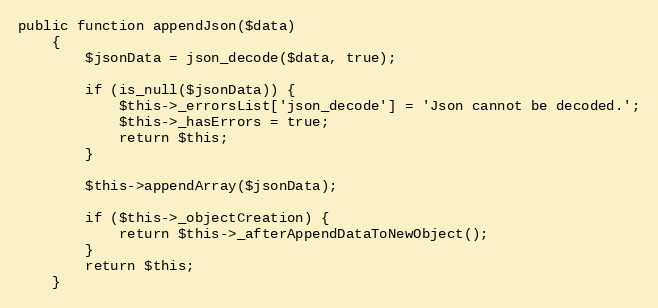
Language: PHP
public function appendJson($data)
    {
        $jsonData = json_decode($data, true);

        if (is_null($jsonData)) {
            $this->_errorsList['json_decode'] = 'Json cannot be decoded.';
            $this->_hasErrors = true;
            return $this;
        }

        $this->appendArray($jsonData);

        if ($this->_objectCreation) {
            return $this->_afterAppendDataToNewObject();
        }
        return $this;
    }